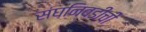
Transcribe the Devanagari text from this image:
संघनिवडीची